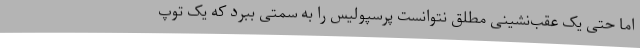
اما حتی یک عقب‌نشینی مطلق نتوانست پرسپولیس را به سمتی ببرد که یک توپ